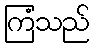
ကြံသည်